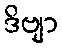
ဒိဗျာ